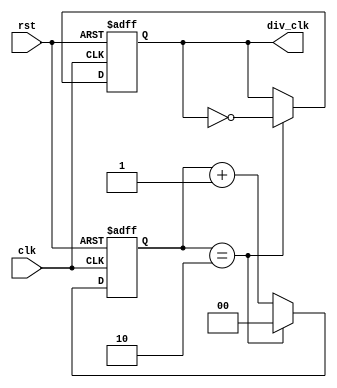
`define TimeExpire 2'd2
module cli_div(clk,rst,div_clk);

input clk, rst;
output div_clk;

reg div_clk;
reg [1:0]count;

always@(posedge clk or negedge rst)
begin
 if(!rst)
 begin
    count <= 2'd0;
    div_clk <= 1'b0;
 end
 else
 begin
    if(count == `TimeExpire)
    begin
        count <= 2'd0;
        div_clk <= !div_clk;
    end
    else
    begin
        count <= count + 2'd1;
    end 
 end
end

endmodule



module Lab11(clk, reset, h_sync, v_sync, r, g, b);

input clk, reset;
output reg[3:0] r, g, b;
output reg h_sync, v_sync;

wire clk_div;
reg [9:0] h_count, v_count;

cli_div c(.clk(clk),.rst(reset),.div_clk(clk_div));

always@(posedge clk or negedge reset)
begin
 if(!reset) 
 begin
    r <= 4'd0;
    g <= 4'd0;
    b <= 4'd0;
    h_sync <= 1'b1;
    v_sync <= 1'b1;
    h_count <= 10'd1;
    v_count <= 10'd1;
 end
 else 
 begin
    
    if (h_count == 800)
    begin
        h_count <= 10'd1;
        v_count <= v_count + 10'd1;
        h_sync <= 1'b0;
    end
    else
    begin
        h_count <= h_count + 10'd1;
        h_sync <= 1'b1;
    end
    
    if (v_count == 526)
    begin
        h_count <= 10'd1;
        v_count <= 10'd1;
        v_sync <= 1'b0;
    end
    else
    begin
        v_sync <= 1'b1;
    end
    
    

 end
end


endmodule